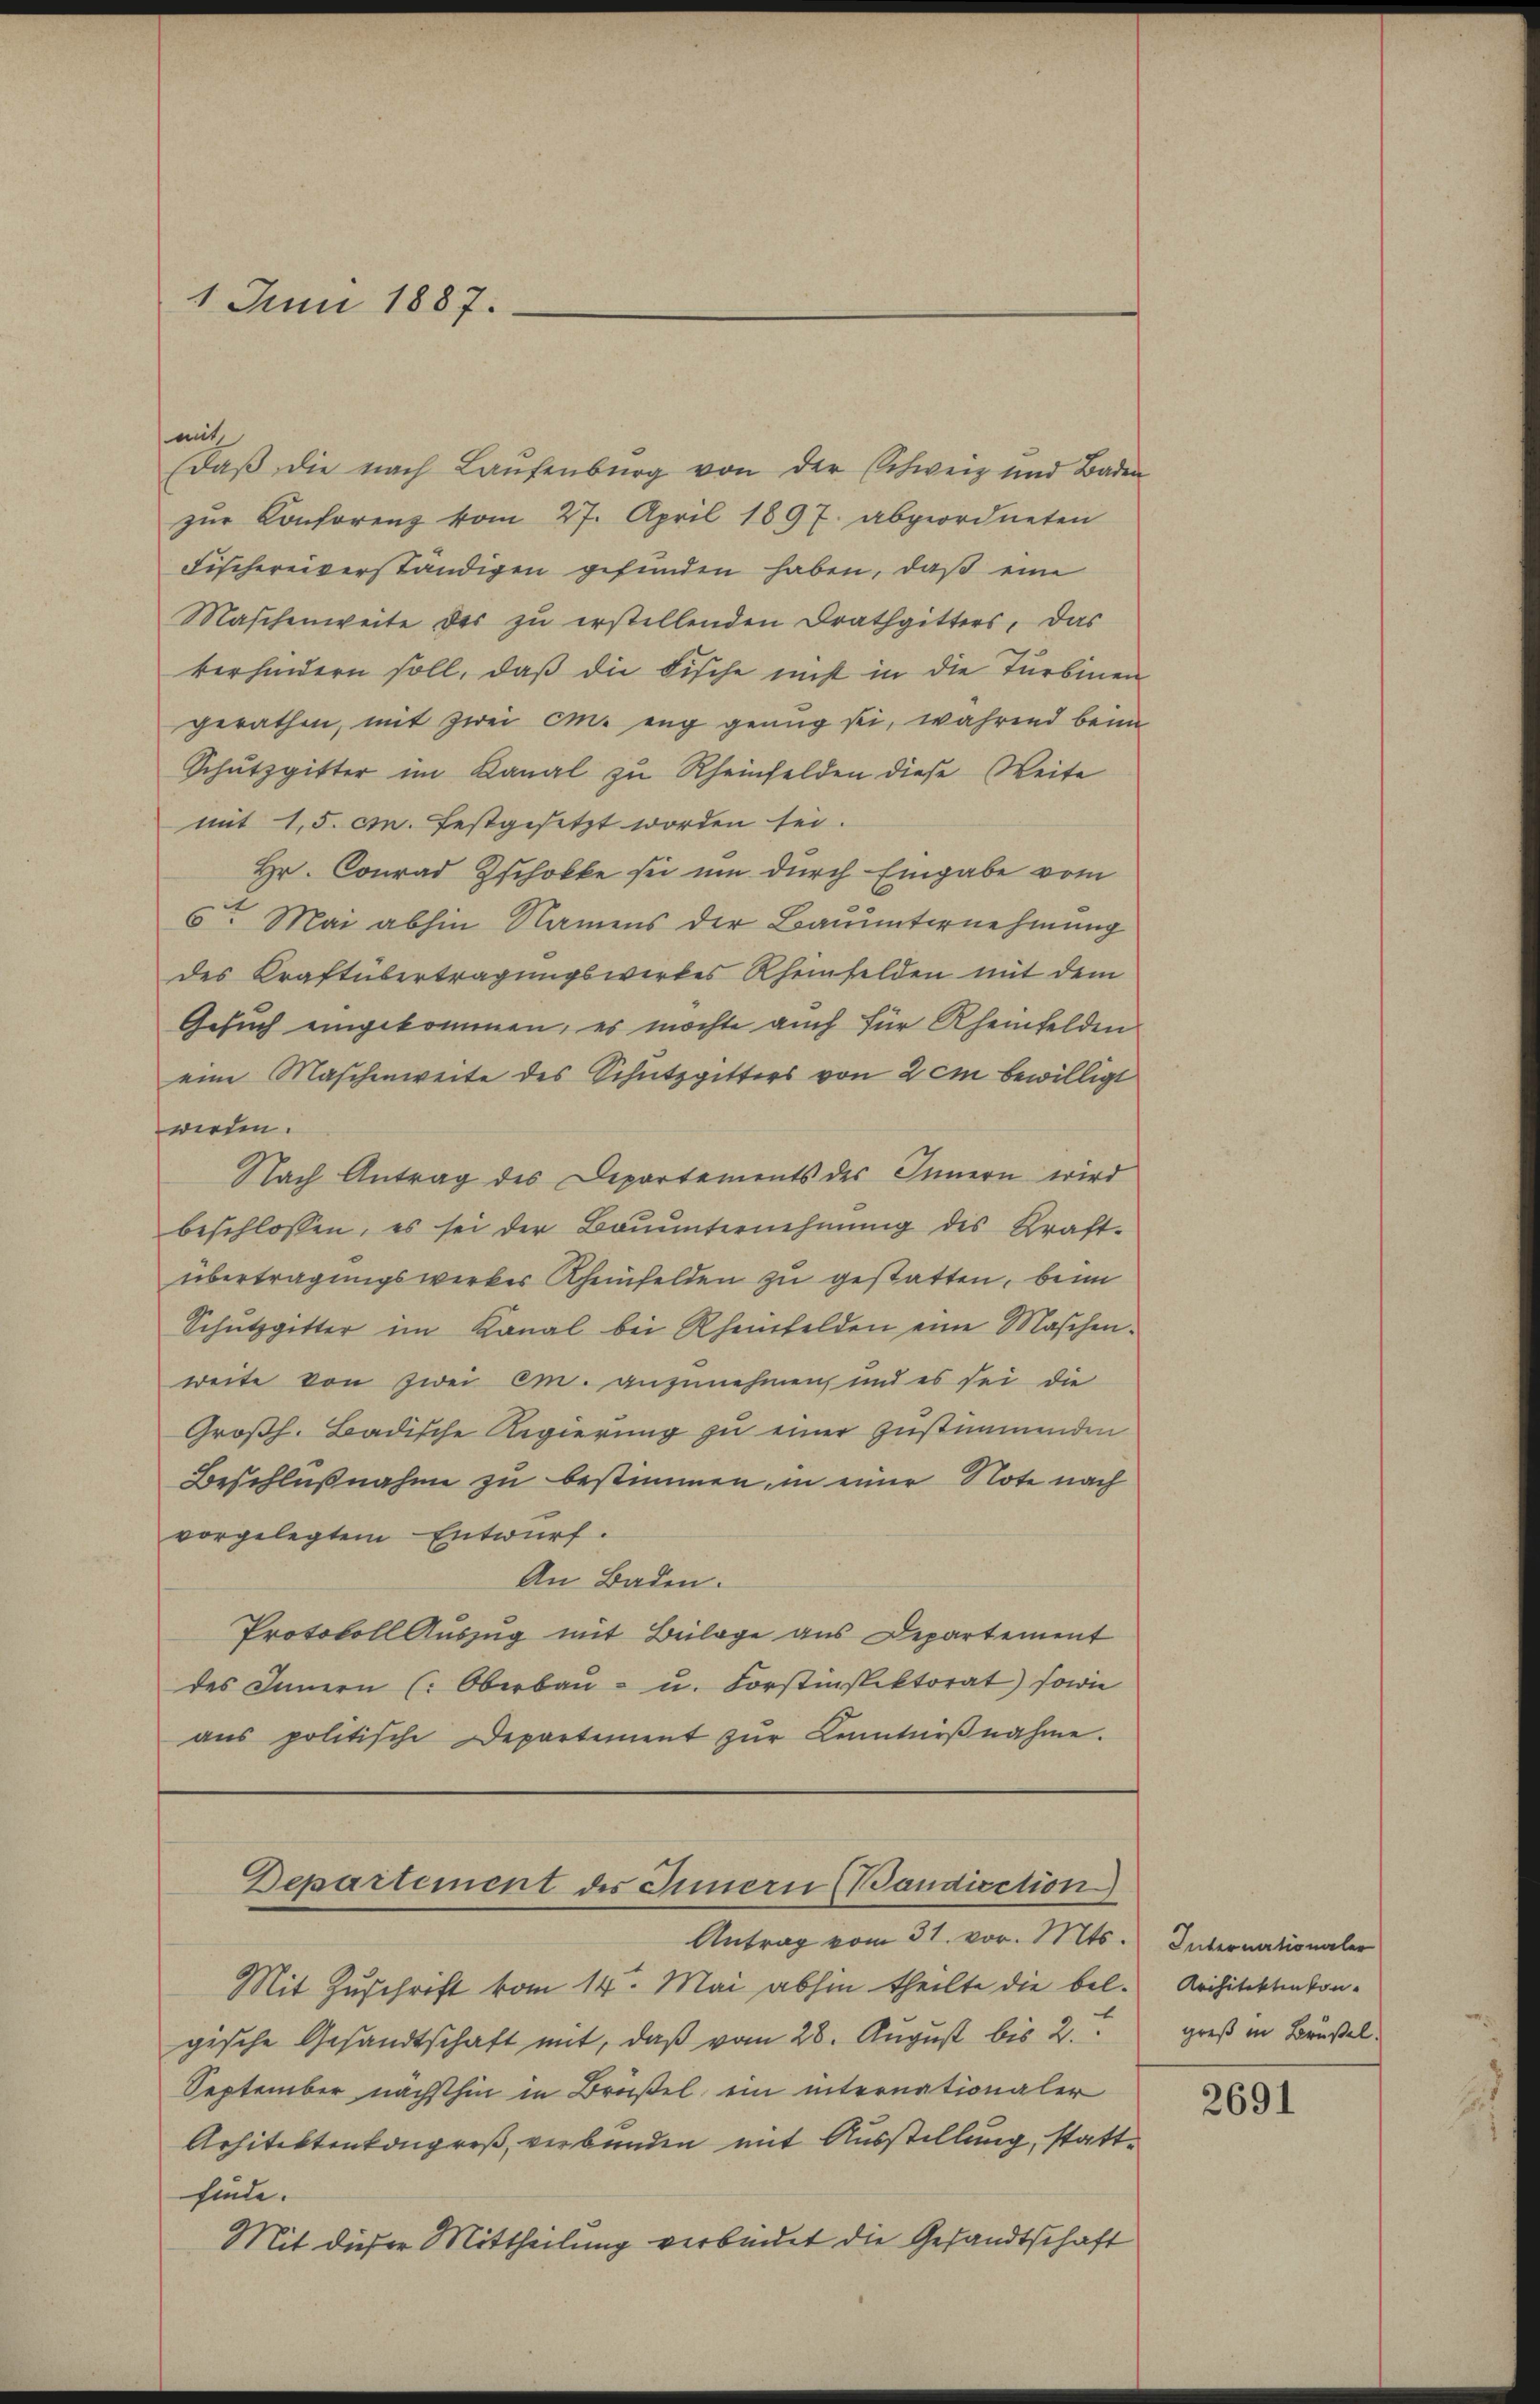
1 Juni 1887.

mit
Daβ die nach Laŭfenburg von der Schweiz und Baden
zŭr Conforenz vom 27. April 1897. abgeordneten
Fischereiverständigen gefunden haben, daß eine
Maschenweite des zu erstellenden Drathgitters, das
verhindern soll, daß die Fische nicht in die Turbinen
gerathen, mit zwei es eng genug sei, während beim
Schutzgitter im Kanal zu Rheinfelden diese Weite
mit 1,5 cm. festgesetzt worden sei.
Hr. Conrad Zschokke sei um durch Eingabe vom
6t Mai abhin Namens der Bauunternehmung
des Kraftübertragungswirkes Rheinfelden mit dem
Gesuch eingekommen, es möchte auch für Rheinfelden
eine Maschenweite des Schutzgitters von 2 cm bewilligt
werden.
Nach Antrag des Departements des Innern wird
beschlossen, es sei der Baŭŭnternehmung des Kraft-
übertragungswerker Rheinfelden zu gestatten, beim
Schŭtzgitter im Kanal bei Rheinfelden eine Maschen-
weite von zwei Em. anzunehmen, und es sei die
Großh. Badische Regierung zu einer zustimmenden
Beschlußnahme zu bestimmen, in einer Note nach
vorgelegtem Entwurf.
An Baden.
Protokoll Auszug mit Beilage aus Departement
des Innern (Oberbau- u. Forstinspektorat sowie
ans politische Departement zŭr Kenntniβnahme.

Departement des Innern (Bandiection

Antrag vom 31. vor. Mts. Internationaler
Mit Zuschrift vom 14. Mai abhin theilte die bel. Architektenkongische Gesandtschaft mit, daß vom 28. August bis 2.
September nächsthin in Brüßel ein internationaler
Arhitektenkongreß, verbunden mit Ausstellung, stattfinde.
Mit dieser Mittheilung verbindet die Gesandtschaft

greß in Brüsel.

2691